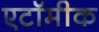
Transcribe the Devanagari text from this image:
एटॉमीक